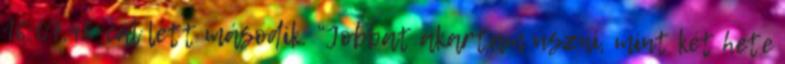
16:07.48-cal lett második. “Jobbat akartam úszni, mint két hete